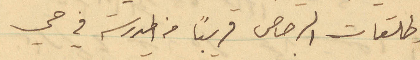
وطلقات الرصاص قريباً من المدرسة في حي